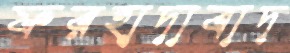
ফরহাদাবাদ